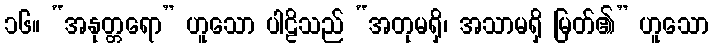
၁၆။ “အနုတ္တရော” ဟူသော ပါဠိသည် “အတုမရှိ၊ အသာမရှိ မြတ်၏” ဟူသော